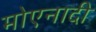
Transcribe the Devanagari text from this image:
मोएनादी